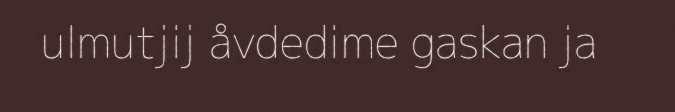
ulmutjij åvdedime gaskan ja